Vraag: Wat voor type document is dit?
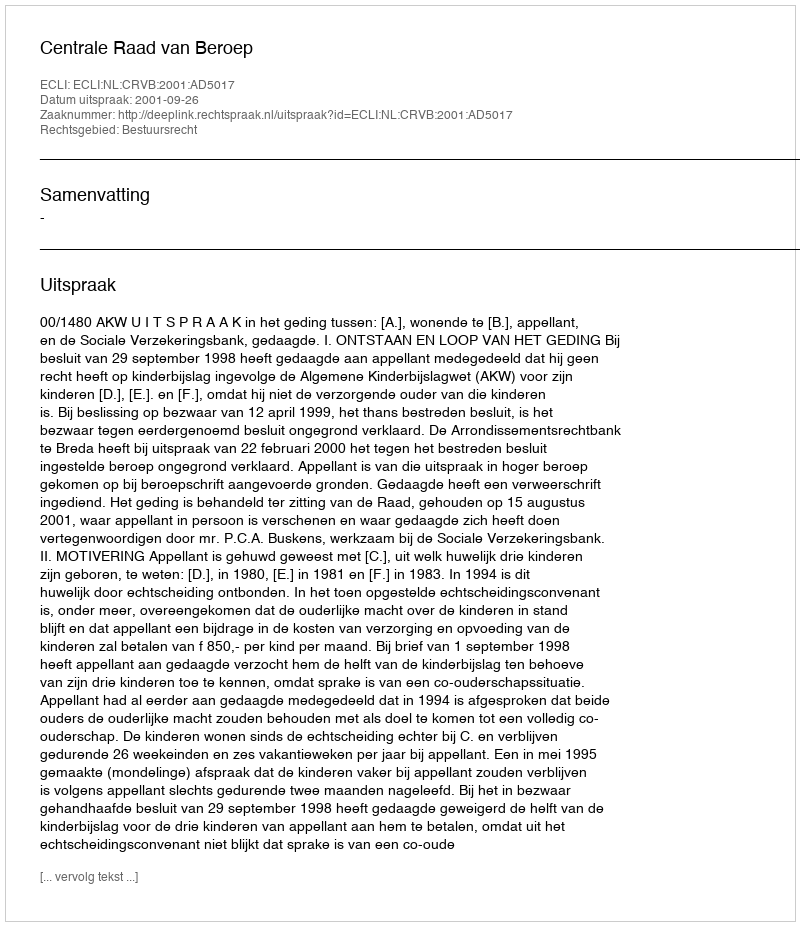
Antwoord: Uitspraak